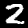
Digit: 2